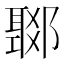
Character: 𨞟